Scottish Leaving Certificate Examination, 1955
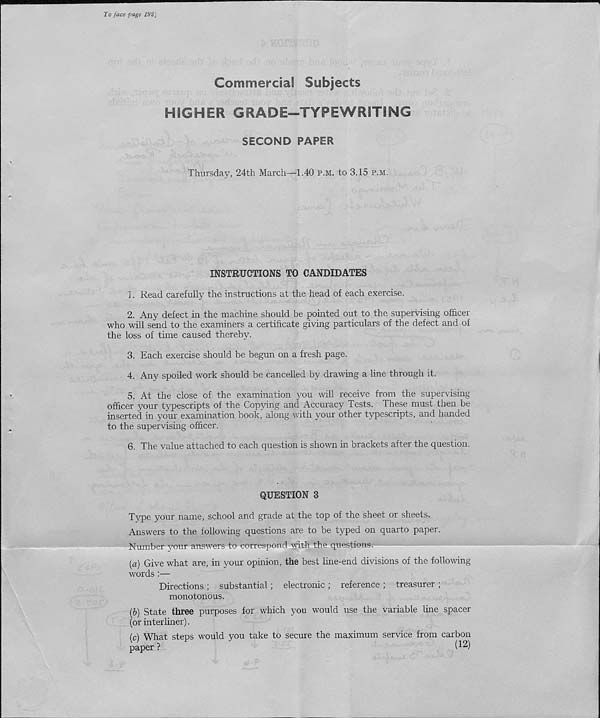
To face page 1921
Commercial Subjects
HIGHER GRADE—TYPEWRITING
SECOND PAPER
Thursday, 24th March—1.40 p.m. to 3.15 p.m.
INSTRUCTIONS TO CANDIDATES
1. Read carefully the instructions at the head of each exercise.
2. Any defect in the machine should be pointed out to the supervising officer
who will send to the examiners a certificate giving particulars of the defect and of
the loss of time caused thereby.
3. Each exercise should be begun on a fresh page.
4. Any spoiled work should be cancelled by drawing a line through it.
5. At the close of the examination you will receive from the supervising
officer your typescripts of the Copying and Accuracy Tests. These must then be
inserted in your examination book, along with your other typescripts, and handed
to the supervising officer.
6. The value attached to each question is shown in brackets after the question.
QUESTION 3
Type your name, school and grade at the top of the sheet or sheets.
Answers to the following questions are to be typed on quarto paper.
Number your answers to correspond with the questions.
{a) Give what are, in your opinion, the best line-end divisions of the following
words :■—
Directions ; substantial; electronic ; reference ; treasurer ;
monotonous.
(6) State three purposes for which you would use the variable line spacer
(or interliner).
(c) What steps would you take to secure the maximum service from carbon
paper?
(^)